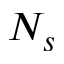
N _ { s }